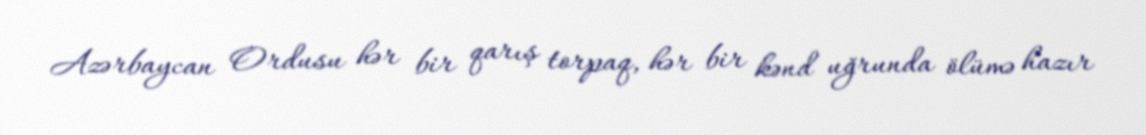
Azərbaycan Ordusu hər bir qarış torpaq, hər bir kənd uğrunda ölümə hazır